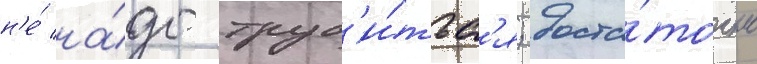
н'е́ на́до труд'и́тьс'я; доста́точно